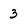
Character: 3